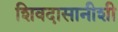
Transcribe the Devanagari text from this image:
शिवदासानीशी